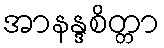
အာနန္ဒစိတ္တာ